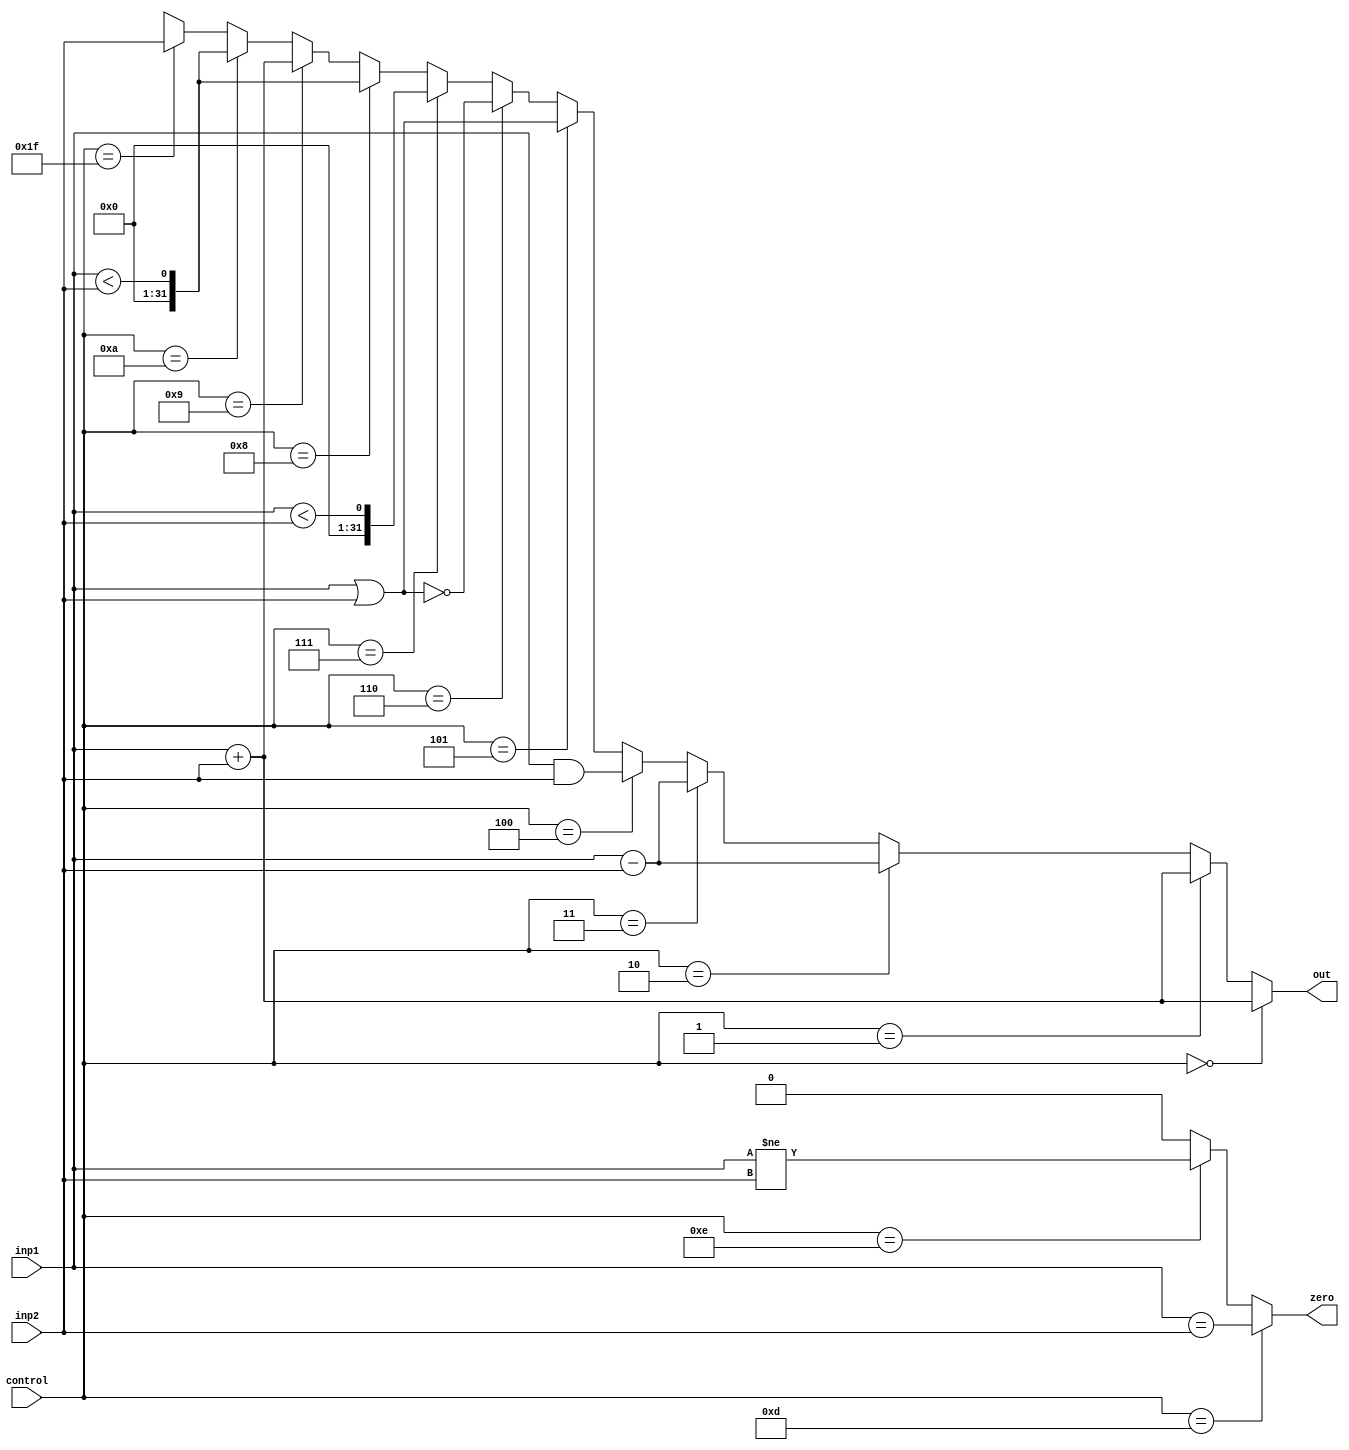
module ALU(control, inp1, inp2, out, zero);

input [31:0] inp1, inp2;
input [4:0] control;
output [31:0] out;
output zero;

assign out = (control == 5'b00000) ? ( $signed(inp1) + $signed(inp2) )   :    // add
				 (control == 5'b00001) ? ( $unsigned(inp1) + $unsigned(inp2) ) :  // addu	
				 (control == 5'b00010) ? ( $signed(inp1) - $signed(inp2) )   :    // sub
				 (control == 5'b00011) ? ( $unsigned(inp1) - $unsigned(inp2) ) :  // subu
				 (control == 5'b00100) ? ( inp1 & inp2 )   :  // and
				 (control == 5'b00101) ? ( inp1 | inp2  )  :  // or
				 (control == 5'b00110) ? ( ~(inp1 | inp2)) :  // nor
				 (control == 5'b00111) ? ( $signed(inp1) < $signed(inp2)  )  :     // slt
				 (control == 5'b01000) ? ( $unsigned(inp1) < $unsigned(inp2)  ) :  // sltu
				 
				 (control == 5'b01001) ? ( $unsigned(inp1) + $signed(inp2) ) :  // addiu lbu lhu 
				 (control == 5'b01010) ? ( $unsigned(inp1) < $signed(inp2) ) :  // sltiu
				 
				 (control == 5'b11111) ? ( inp2 ) :  // lui
				 
				  32'bx;
		
assign zero = (control == 5'b01101) ? ( inp1 == inp2  ) :  // beq		
				  (control == 5'b01110) ? ( inp1 != inp2  ) :  // bne		
					1'b0;
						  
						 
endmodule